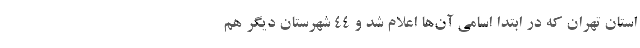
استان تهران که در ابتدا اسامی آن‌ها اعلام شد و ۴۴ شهرستان دیگر هم